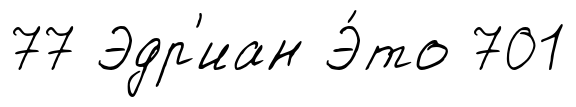
77 Эдр'иан Э́то 701